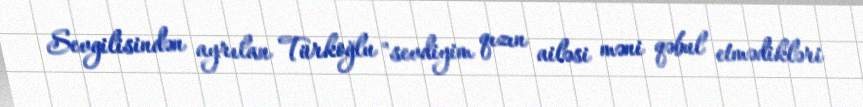
Sevgilisindən ayrılan Türkoğlu "sevdiyim qızın ailəsi məni qəbul etmədikləri